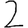
Digit: 2